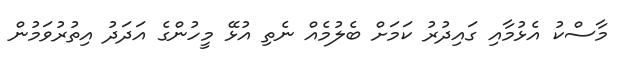
މާސްކު އެޅުމާއި ގައިދުރު ކަމަށް ބެލުމެއް ނެތި އުޅޭ މީހުންގެ އަދަދު އިތުރުވަމުން